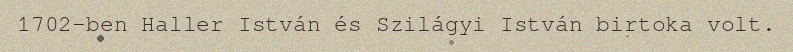
1702-ben Haller István és Szilágyi István birtoka volt.